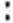
: